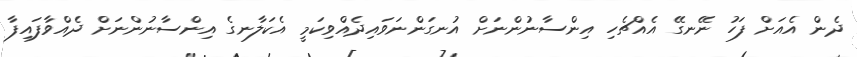
ދެން އެއަށް ފަހު ނޭނގޭ އެއްޗެހި އިންސާނުންނަށް އުނގަންނަވައިދެއްވިކަމީ އެކަލާނގެ އިންސާނުންނަށް ދެއްވާފައިފާ